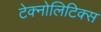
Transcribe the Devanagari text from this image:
टेक्नोलिटिक्स